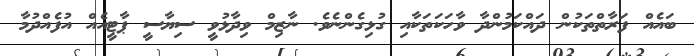
ބައެއް ފަރާތްތަކުން ދައްކަމުންދާ ވާހަކަތަކާއި ގުޅިގެންނެވެ. ނާޒިމް ވިދާޅުވީ ސިޔާސީ ޕާޓީއެއް އުފެއްދުމާ